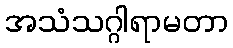
အသံသဂ္ဂါရာမတာ